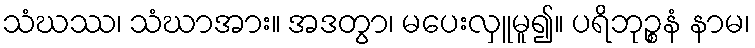
သံဃဿ၊ သံဃာအား။ အဒတွာ၊ မပေးလှူမူ၍။ ပရိဘုဉ္စနံ နာမ၊